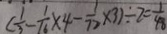
( \frac { 1 } { 3 } - \frac { 1 } { 1 6 } \times 4 - \frac { 1 } { 7 2 } \times 3 ) \div 2 = \frac { 1 } { 4 8 }